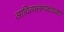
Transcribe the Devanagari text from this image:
आदित्यसम्प्रदायका